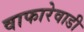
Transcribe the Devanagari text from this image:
वाफारेवाडी